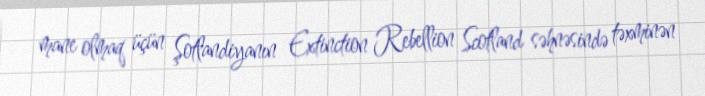
mane olmaq üçün Şotlandiyanın Extinction Rebellion Scotland səhnəsində təxminən